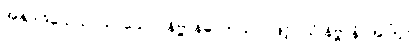
အနုပါဒိသေသာယ၊ သော။ နိဗ္ဗာနဓာတုယာ၊ ဖြင့်။ ယံ နိဗ္ဗာနံ၊ အကြင်